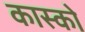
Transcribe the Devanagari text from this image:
कास्को